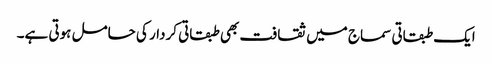
ایک طبقاتی سماج میں ثقافت بھی طبقاتی کردار کی حامل ہوتی ہے۔